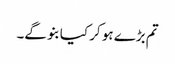
تم بڑے ہو کر کیا بنو گے۔